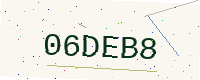
Text: 06DEB8